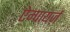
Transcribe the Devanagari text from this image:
ऐम्पायर्ज़